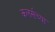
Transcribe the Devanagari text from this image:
कलर्सच्या